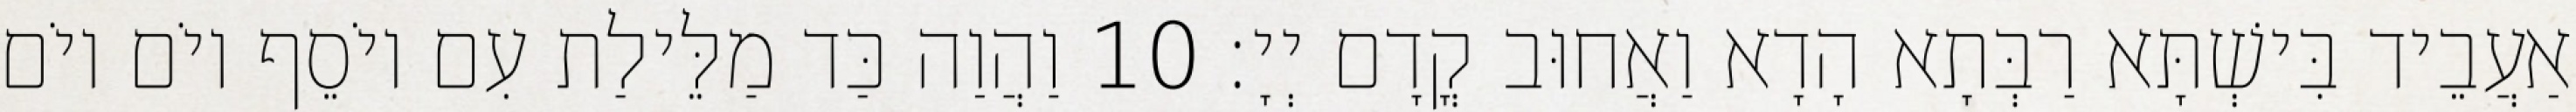
אַעֲבֵיד בִּישְׁתָּא רַבְּתָא הָדָא וַאֲחוּב קֳדָם יְיָ׃ 10 וַהֲוַה כַּד מַלֵּילַת עִם יוֹסֵף יוֹם יוֹם